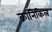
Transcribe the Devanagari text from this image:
क्रानिकिल